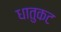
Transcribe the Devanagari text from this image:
धातुकट